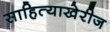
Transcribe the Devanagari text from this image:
साहित्याखेरीज